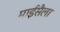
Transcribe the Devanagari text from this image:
माईसैला